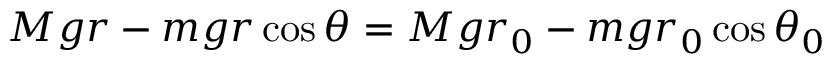
M g r - m g r \cos { \theta } = M g r _ { 0 } - m g r _ { 0 } \cos { \theta _ { 0 } }